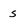
Character: s